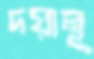
দয়ালূ